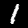
Digit: 1